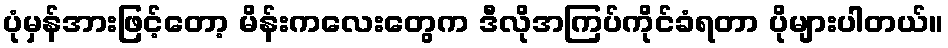
ပုံမှန်အားဖြင့်တော့ မိန်းကလေးတွေက ဒီလိုအကြပ်ကိုင်ခံရတာ ပိုများပါတယ်။